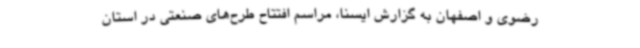
رضوی و اصفهان به گزارش ایسنا، مراسم افتتاح طرح‌های صنعتی در استان